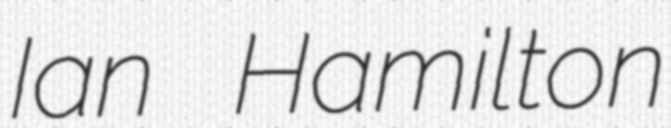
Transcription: Ian Hamilton